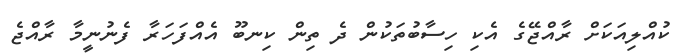
ކުއްލިއަކަށް ރާއްޖޭގެ އެކި ހިސާބުތަކުން ދެ ތިން ކިނބޫ އެއްފަހަރާ ފެނުނީމާ ރާއްޖެ